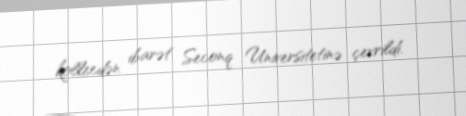
kollecdən ibarət Seconq Universitetinə çevrildi.